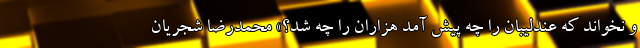
و نخواند که عندلیبان را چه پیش آمد هزاران را چه شد؟» محمدرضا شجریان